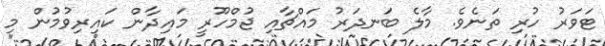
ޓަވަރު ހުރި ތަނެވެ. މާލެ ބަނދަރު މައްޗާއި ޖުމްހޫރީ މައިދާން ކައިރިވުމުން މި